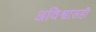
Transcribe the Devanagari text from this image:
अविश्वासही